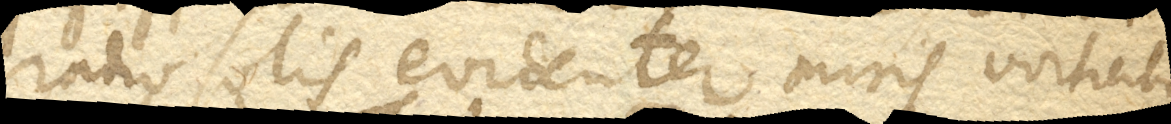
radio solis evidenter miris vorticibus